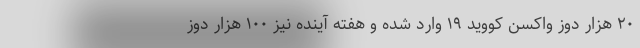
۲۰ هزار دوز واکسن کووید ۱۹ وارد شده و هفته آینده نیز ۱۰۰ هزار دوز